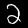
Label: 2